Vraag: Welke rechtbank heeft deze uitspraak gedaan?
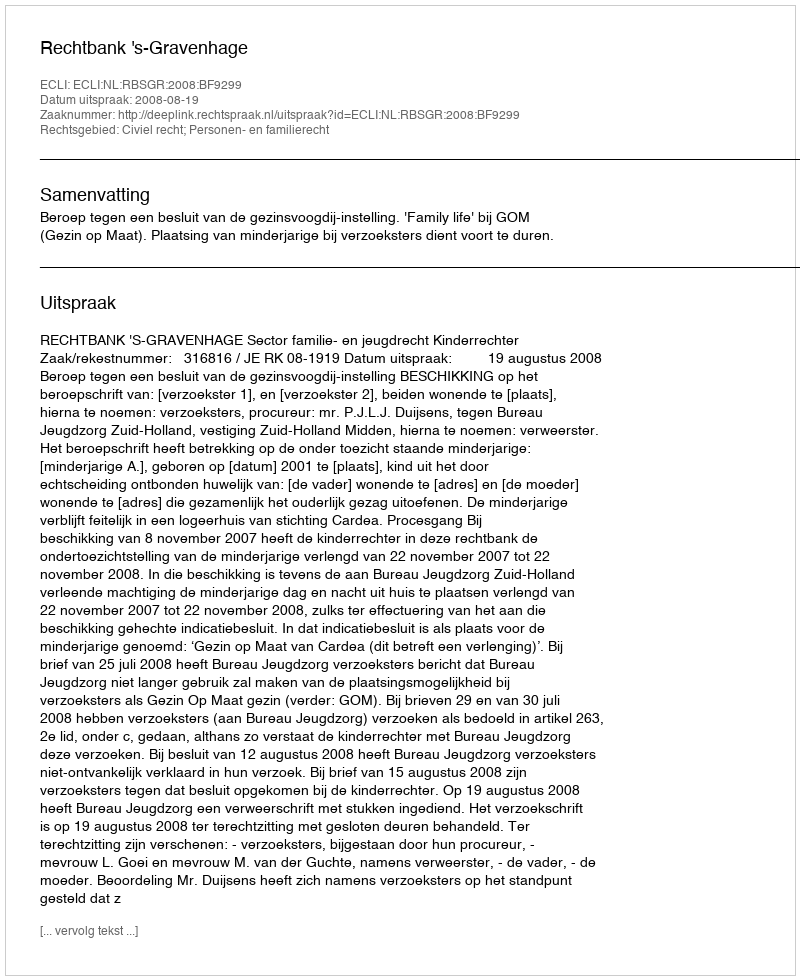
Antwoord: Rechtbank 's-Gravenhage